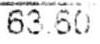
63.60